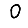
Digit: 0